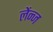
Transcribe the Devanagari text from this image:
लेंन्ज